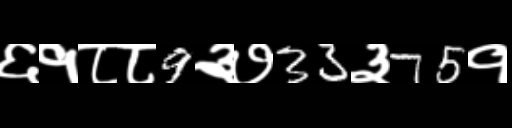
Text: ६१८८9३७33३75१